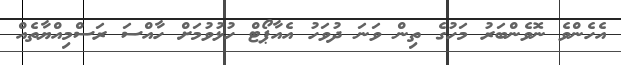
އެހެންވެ ނޮވެންބަރު މަހުގެ ތިން ވަނަ ދުވަހު އެއާޕޯޓް ހުޅުވުމަށް ހާއްސަ ރަސްމިއްޔާތެއް